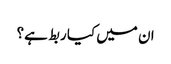
ان میں کیا ربط ہے؟